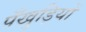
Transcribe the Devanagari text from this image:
पँखुड़ियों